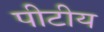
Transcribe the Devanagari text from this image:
पीटीय